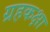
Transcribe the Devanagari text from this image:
ग्रहकक्षा